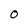
Character: O